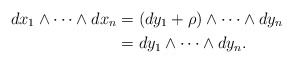
\begin{align*}dx_1 \wedge \dots \wedge dx_n &= (dy_1 + \rho) \wedge \dots \wedge dy_n \\ &= dy_1 \wedge \dots \wedge dy_n.\end{align*}